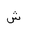
Letter: _shin